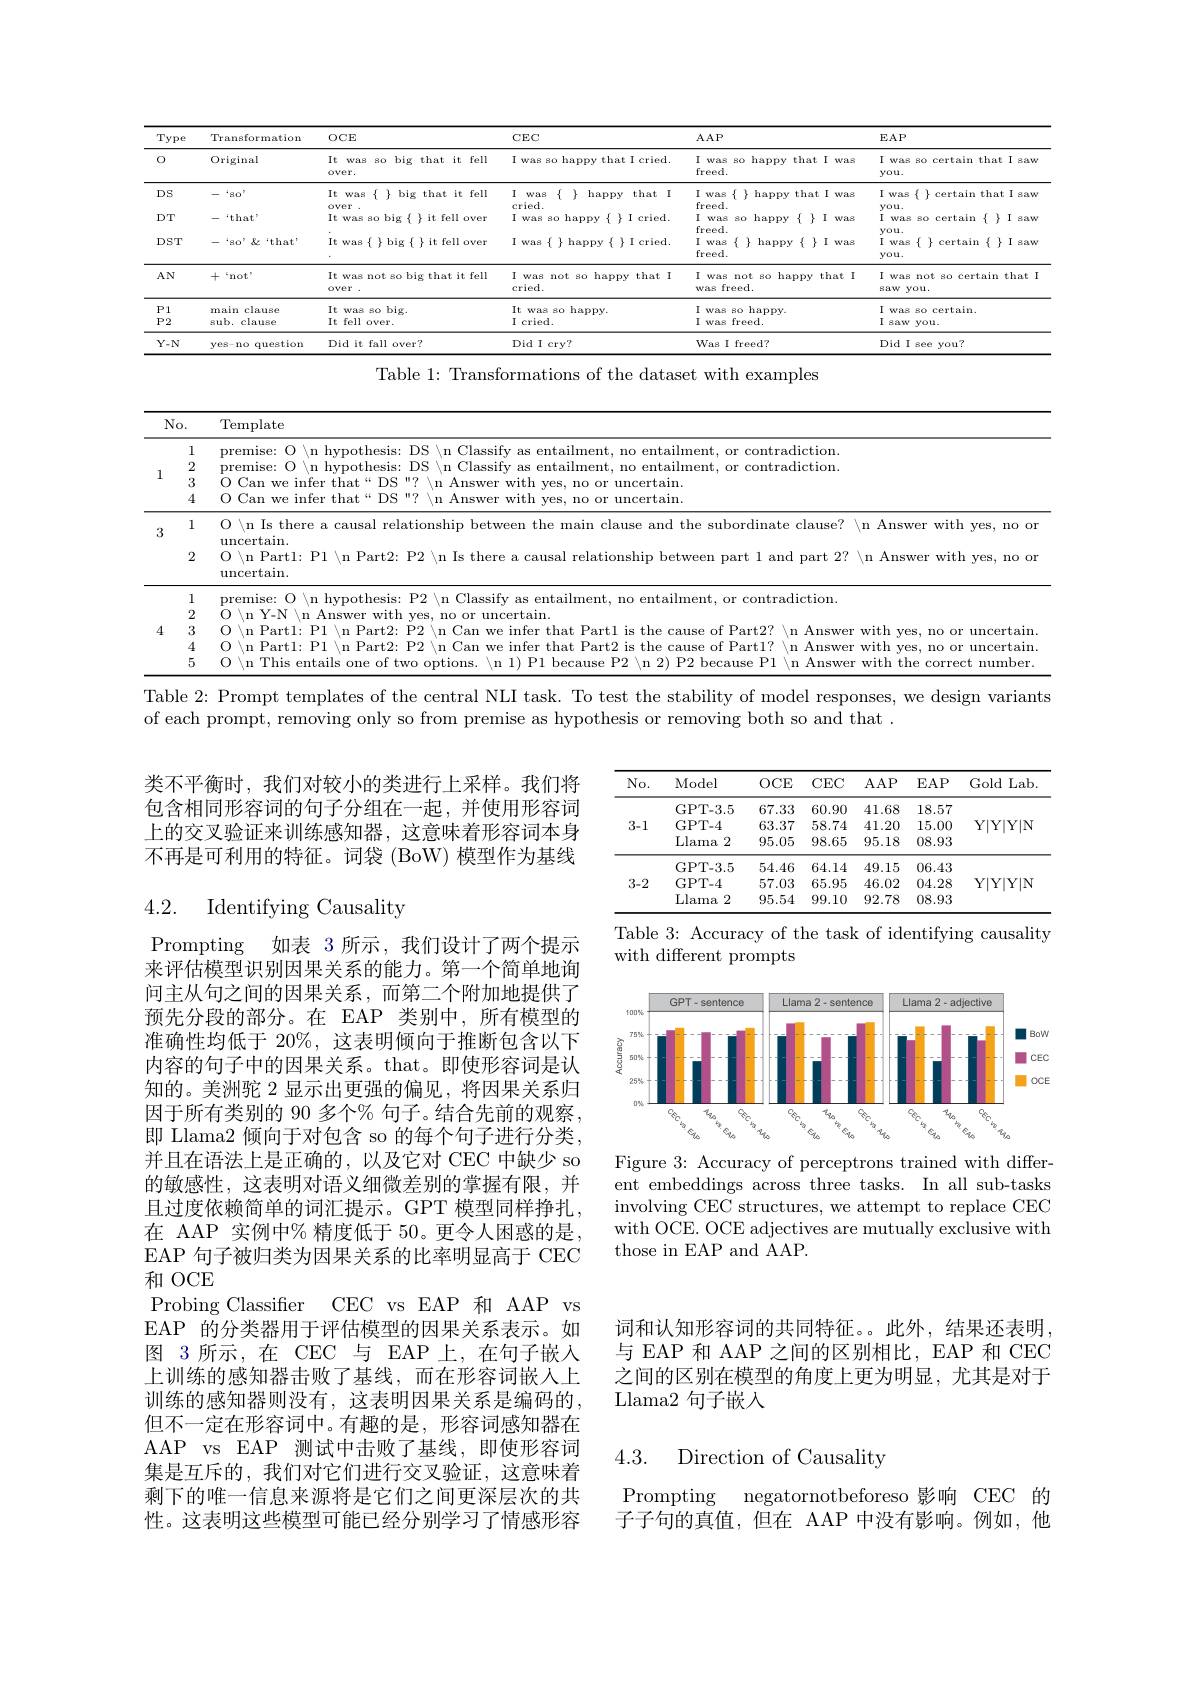
<table>
	<tbody>
		<tr>
			<th>Type</th>
			<th>Transformation</th>
			<th>OCE</th>
			<th>$CEC$</th>
			<th>$AAP$</th>
			<th>$EAP$</th>
		</tr>
		<tr>
			<td>0</td>
			<td>Original</td>
			<td>It was 8o big that it fell over.</td>
			<td>I was so happy that I cried.</td>
			<td>I was so happy that I was freed.</td>
			<td>I was so certain that I saw you.</td>
		</tr>
		<tr>
			<td>DS</td>
			<td>$\ddots BO$,</td>
			<td>It was $\{\{\}$big that it fell over</td>
			<td>I was $\{1\}$ happy that I cried.</td>
			<td>I was $\{$ $\}$ happy that I was freed.</td>
			<td>I was $\{$ $\}$ certain that I saw you.</td>
		</tr>
		<tr>
			<td>$DT$</td>
			<td>$`that"$</td>
			<td>It was so big $\{$ }it fell over</td>
			<td>L 4 I was so happy $\{\}$ I cried.</td>
			<td>I was 8o happy $\{$ I was</td>
			<td>1 was so certain $\{$ $\}$ I saw</td>
		</tr>
		<tr>
			<td>$DST$</td>
			<td>$“80”\&‘that$</td>
			<td>$It was $\{$ }\}$ big $\{$ $\}$ it fell over</td>
			<td>I was $\{$ $\}$ happy$\{$ $\}$ I cried.</td>
			<td>freed. I was $\{$ $\}$ happy$\{$ $\}$ I was freed.</td>
			<td>you. I was $\{$ $\}$ certain $\{$ $\}$ I saw you.</td>
		</tr>
		<tr>
			<td>$AN$</td>
			<td>十 ${^{c}}$not$^{^{c}}$</td>
			<td>It was not so big that it fell over over</td>
			<td>I was not so happy that I cried.</td>
			<td>I was not so happy that I was freed.</td>
			<td>T was not so certain that saw you.</td>
		</tr>
		<tr>
			<td>$P1$</td>
			<td>main clause</td>
			<td>$It$ was 80 $big.$</td>
			<td>$It$ 80 happy WAR</td>
			<td>I was 80 happy</td>
			<td>I certain Was PA</td>
		</tr>
		<tr>
			<td>$P2$</td>
			<td>sub. clause</td>
			<td>It fell over.</td>
			<td>I cried.</td>
			<td>I was freed.</td>
			<td>I 8aw you.</td>
		</tr>
		<tr>
			<td>$Y-N$</td>
			<td>ves- no question</td>
			<td>Did it fall over?</td>
			<td>Did I crv?</td>
			<td>Was I freed?</td>
			<td>Did 11 see you?</td>
		</tr>
	</tbody>
</table>
Table 1: Transformations of the dataset with examples

<table>
	<tbody>
		<tr>
			<th colspan="2">$No.$</th>
			<th>Template</th>
		</tr>
		<tr>
			<th>1</th>
			<th>1 2 3 4</th>
			<th>premise: O \n hypothesis: DS \n Classify as entailment, no entailment, or contradiction. premise: O $\setminus$n hypothesis: DS \n Classify as entailment, no entailment, or contradiction. O Can we infer that“DS"? $\setminus$n Answer with yes, no or uncertain. O Can we infer that“DS"? \n Answer with yes, no or uncertain.</th>
		</tr>
		<tr>
			<td>3</td>
			<td>1 2</td>
			<td>O \n Is there a causal relationship between the main clause and the subordinate clause? \n Answer with yes, no on $\operatorname{uncertain}.$ $\operatorname{uncertain}.$</td>
		</tr>
		<tr>
			<td>4</td>
			<td>1 2 3 4 5</td>
			<td>premise: O \n hypothesis: P2 \n Classify as entailment, no entailment, or contradiction. $\textcircled{\mathrm{O~\setminus n~Partl:~P1~\setminus n~Part2:~F}}$ $\stackrel{\mathrm{O}}{\mathrm{~/n~Y-N~/n~Answer~with}}$ h yes, no or uncertain P2 \n Can we infer that Partl is the cause of Part2? ? $\setminus$n Answer with yes, no or uncertain 0 111 $\setminus$n Partl: P1$\setminus$n Part2: P2$\setminus$n Can This we infer that Part2 is the c cause of Partl? / n Answer with yes, no or uncertain</td>
		</tr>
	</tbody>
</table>

Table 2: Prompt templates of the central NLI task. To test the stability of model responses, we design variants

of each prompt, removing only so from premise as hypothesis or removing both so and that .

类不平衡时，我们对较小的类进行上采样。我们将包含相同形容词的句子分组在一起，并使用形容词上的交叉验证来训练感知器，这意味着形容词本身不再是可利用的特征。词袋 (BoW) 模型作为基线

<table>
	<tbody>
		<tr>
			<th>$No.$</th>
			<th>Model</th>
			<th>$OCE$</th>
			<th>$CEC$</th>
			<th>$AAP$</th>
			<th>$EAP$</th>
			<th>Gold 1 Lab</th>
		</tr>
		<tr>
			<td rowspan="3">3-1</td>
			<td>GPT- 3. 5</td>
			<td>67.33</td>
			<td>60.90</td>
			<td>41.68</td>
			<td>18.57</td>
			<td> </td>
		</tr>
		<tr>
			<td>GPT- 4</td>
			<td>63.37</td>
			<td>58.74</td>
			<td>41.20</td>
			<td>15.00</td>
			<td>$Y|$Y|Y|Y|N</td>
		</tr>
		<tr>
			<td>Llama 2</td>
			<td>95.05</td>
			<td>98.65</td>
			<td>95.18</td>
			<td>08.93</td>
			<td> </td>
		</tr>
		<tr>
			<td rowspan="3">3-2</td>
			<td>GPT- 3. 5</td>
			<td>54.46</td>
			<td>64.14</td>
			<td>49.15</td>
			<td>06.43</td>
			<td> </td>
		</tr>
		<tr>
			<td>GPT- 4</td>
			<td>57.03</td>
			<td>65.95</td>
			<td>46.02</td>
			<td>04.28</td>
			<td>$Y|$Y|Y|Y|N 112</td>
		</tr>
		<tr>
			<td>Llama 2</td>
			<td>95.54</td>
			<td>99.10</td>
			<td>92.78</td>
			<td>08.93</td>
			<td> </td>
		</tr>
	</tbody>
</table>

## 4.2. Identifying Causality

Table 3: Accuracy of the task of identifying causality
with different prompts

<FigureHere>
Figure 3: Accuracy of perceptrons trained with differ-

ent embeddings across three tasks. In all sub-tasks involving CEC structures, we attempt to replace CEC with OCE. OCE adjectives are mutually exclusive with those in EAP and AAP.

Prompting 如表 3 所示，我们设计了两个提示来评估模型识别因果关系的能力。第一个简单地询问主从句之间的因果关系，而第二个附加地提供了预先分段的部分。在 EAP 类别中，所有模型的准确性均低于 20%,这表明倾向于推断包含以下内容的句子中的因果关系。that。即使形容词是认知的。美洲驼 2 显示出更强的偏见，将因果关系归因于所有类别的 90 多个% 句子。结合先前的观察， 即 Llama2 倾向于对包含 so 的每个句子进行分类， 并且在语法上是正确的，以及它对 CEC 中缺少 so 的敏感性，这表明对语义细微差别的掌握有限，并且过度依赖简单的词汇提示。GPT 模型同样挣扎在 AAP 实例中% 精度低于 50。更令人困惑的是， EAP 句子被归类为因果关系的比率明显高于 CEC 和 OCE
Probing Classifer CEC vs EAP 和 AAP vs EAP 的分类器用于评估模型的因果关系表示。如图 3 所示，在 CEC 与 EAP 上，在句子嵌入上训练的感知器击败了基线，而在形容词嵌人上训练的感知器则没有，这表明因果关系是编码的但不一定在形容词中。有趣的是，形容词感知器在AAP vs EAP 测试中击败了基线，即使形容词集是互斥的，我们对它们进行交叉验证，这意味着剩下的唯一信息来源将是它们之间更深层次的共性。这表明这些模型可能已经分别学习了情感形容

词和认知形容词的共同特征。。此外，结果还表明， 与 EAP 和 AAP 之间的区别相比，EAP 和 CEC 之间的区别在模型的角度上更为明显，尤其是对于Llama2 句子嵌入

## 4.3. Direction of Causality

Prompting negatornotbeforeso 影响 CEC 的$\bar{\text{子子句的真值，但在 AAP 中没有影响。例如，他}}$